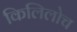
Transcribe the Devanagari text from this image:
किलिलोच